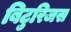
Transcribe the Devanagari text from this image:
बिटुरिजस